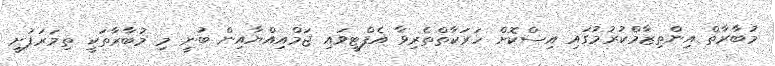
މުބާރާތް އިންތިޒާމްކުރުމުގައި އިސްކޮށް ހަރަކާތްތެރިވާ އެފްޓީވައި ޖަމްއިއްޔާއިން ބުނީ މި މުބާރާތަކީ ތިމަރަފުށީ